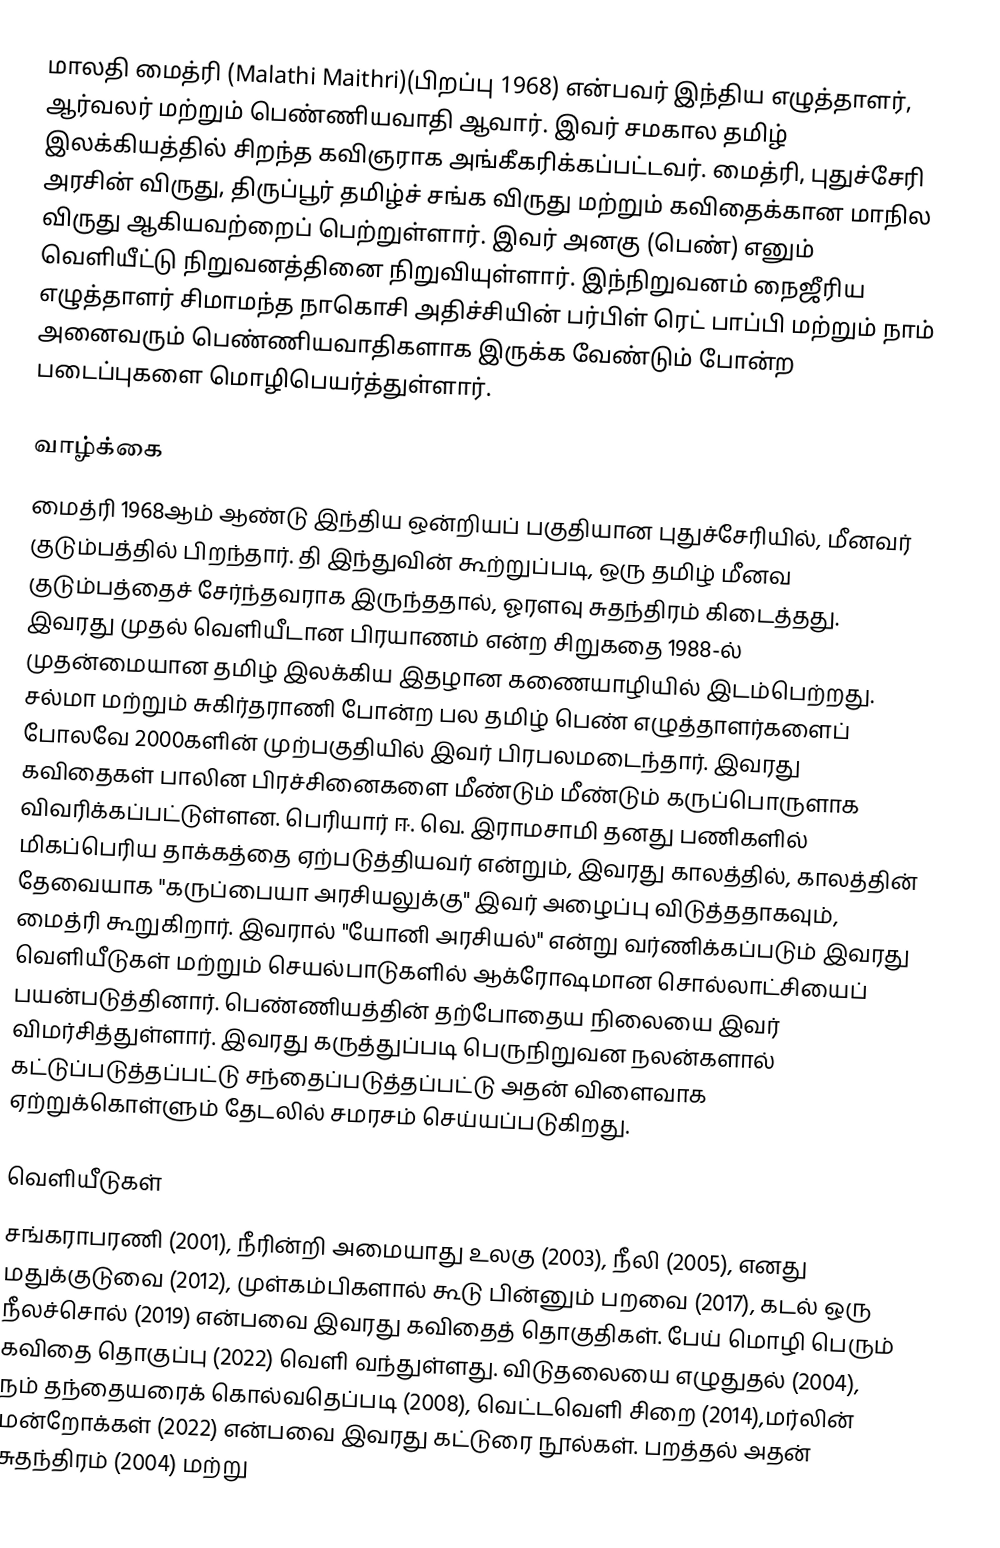
மாலதி மைத்ரி (Malathi Maithri)(பிறப்பு 1968) என்பவர் இந்திய எழுத்தாளர், ஆர்வலர் மற்றும் பெண்ணியவாதி ஆவார். இவர் சமகால தமிழ் இலக்கியத்தில் சிறந்த கவிஞராக அங்கீகரிக்கப்பட்டவர். மைத்ரி, புதுச்சேரி அரசின் விருது, திருப்பூர் தமிழ்ச் சங்க விருது மற்றும் கவிதைக்கான மாநில விருது ஆகியவற்றைப் பெற்றுள்ளார். இவர் அனகு (பெண்) எனும் வெளியீட்டு நிறுவனத்தினை நிறுவியுள்ளார். இந்நிறுவனம் நைஜீரிய எழுத்தாளர் சிமாமந்த நாகொசி அதிச்சியின் பர்பிள் ரெட் பாப்பி மற்றும் நாம் அனைவரும் பெண்ணியவாதிகளாக இருக்க வேண்டும் போன்ற படைப்புகளை மொழிபெயர்த்துள்ளார்.

வாழ்க்கை
மைத்ரி 1968ஆம் ஆண்டு இந்திய ஒன்றியப் பகுதியான புதுச்சேரியில்,  மீனவர் குடும்பத்தில் பிறந்தார். தி இந்துவின் கூற்றுப்படி, ஒரு தமிழ் மீனவ குடும்பத்தைச் சேர்ந்தவராக இருந்ததால், ஓரளவு சுதந்திரம் கிடைத்தது. இவரது முதல் வெளியீடான பிரயாணம் என்ற சிறுகதை 1988-ல் முதன்மையான தமிழ் இலக்கிய இதழான கணையாழியில் இடம்பெற்றது. சல்மா மற்றும் சுகிர்தராணி போன்ற பல தமிழ் பெண் எழுத்தாளர்களைப் போலவே 2000களின் முற்பகுதியில் இவர் பிரபலமடைந்தார். இவரது கவிதைகள் பாலின பிரச்சினைகளை மீண்டும் மீண்டும் கருப்பொருளாக விவரிக்கப்பட்டுள்ளன. பெரியார் ஈ. வெ. இராமசாமி தனது பணிகளில் மிகப்பெரிய தாக்கத்தை ஏற்படுத்தியவர் என்றும், இவரது காலத்தில், காலத்தின் தேவையாக "கருப்பையா அரசியலுக்கு" இவர் அழைப்பு விடுத்ததாகவும், மைத்ரி கூறுகிறார். இவரால் "யோனி அரசியல்" என்று வர்ணிக்கப்படும் இவரது வெளியீடுகள் மற்றும் செயல்பாடுகளில் ஆக்ரோஷமான சொல்லாட்சியைப் பயன்படுத்தினார். பெண்ணியத்தின் தற்போதைய நிலையை இவர் விமர்சித்துள்ளார். இவரது கருத்துப்படி பெருநிறுவன நலன்களால் கட்டுப்படுத்தப்பட்டு சந்தைப்படுத்தப்பட்டு அதன் விளைவாக ஏற்றுக்கொள்ளும் தேடலில் சமரசம் செய்யப்படுகிறது.

வெளியீடுகள்
சங்கராபரணி (2001), நீரின்றி அமையாது உலகு (2003), நீலி (2005), எனது மதுக்குடுவை (2012), முள்கம்பிகளால் கூடு பின்னும் பறவை (2017), கடல் ஒரு நீலச்சொல் (2019) என்பவை இவரது கவிதைத் தொகுதிகள். பேய் மொழி பெரும் கவிதை தொகுப்பு (2022) வெளி வந்துள்ளது. விடுதலையை எழுதுதல் (2004), நம் தந்தையரைக் கொல்வதெப்படி (2008), வெட்டவெளி சிறை (2014),மர்லின் மன்றோக்கள் (2022) என்பவை இவரது கட்டுரை நூல்கள். பறத்தல் அதன் சுதந்திரம் (2004) மற்று